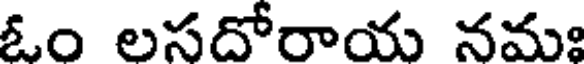
ఓం లసదోరాయ నమః